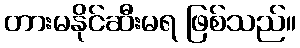
တားမနိုင်ဆီးမရ ဖြစ်သည်။